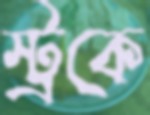
স্ট্রকে